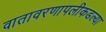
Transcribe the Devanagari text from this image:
वातावरणापलीकडल्या